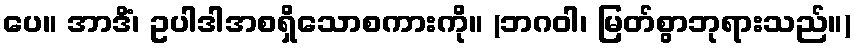
ပေ။ အာဒိံ၊ ဥပါဒါအစရှိသောစကားကို။ (ဘဂဝါ၊ မြတ်စွာဘုရားသည်။)